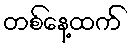
တစ်နေ့ထက်